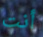
أنت